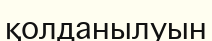
қолданылуын